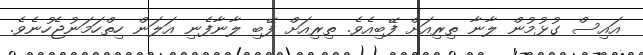
އައިސް ގުޅުމުން ލާނާ ތިރިއަށް ފޭބިއެވެ. ތިރިއަށް ފޭބި ލާނާފެނި އަލަން ހިތްހަމަނުޖެހުނެވެ.